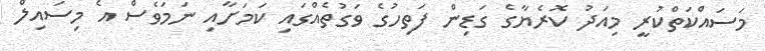
މަސައްކަތްކުރީ މިއަދު ކޮރެޔާގެ ގަޑިން ފަތިހުގެ ވަގުތެއްގައި ކަމަށާއި ނަމަވެސް އެ މިސައިލް